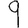
Digit: 9